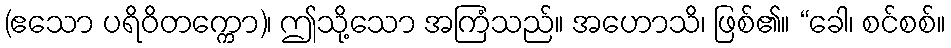
(ဧသော ပရိဝိတက္ကော)၊ ဤသို့သော အကြံသည်။ အဟောသိ၊ ဖြစ်၏။ “ခေါ၊ စင်စစ်။